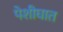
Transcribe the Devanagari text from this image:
पेशीघात